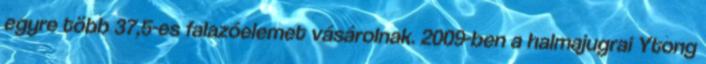
egyre több 37,5-es falazóelemet vásárolnak. 2009-ben a halmajugrai Ytong